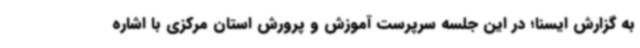
به گزارش ایسنا؛ در این جلسه سرپرست آموزش و پرورش استان مرکزی با اشاره